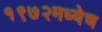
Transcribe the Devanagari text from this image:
१९७२मध्येच